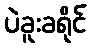
ပဲခူးခရိုင်